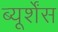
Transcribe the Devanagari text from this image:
ब्यूर्शेंस